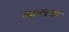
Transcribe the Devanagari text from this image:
भल्लक